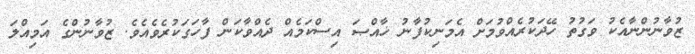
ޒުވާނުންނާއެކު ވަގުތު ހޭދަކުރެއްވުމަށް އެމަނިކުފާނު ޚާއްޞަ އިސްކަމެއް ދެއްވާކަން ފާހަގަކުރެވެއެވެ. ޒުވާނުންގެ އަމިއްލަ